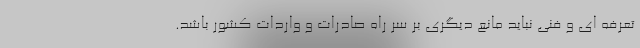
تعرفه ای و فنی نباید مانع دیگری بر سر راه صادرات و واردات کشور باشد.